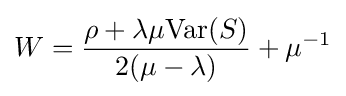
W={\frac {\rho +\lambda \mu {\text{Var}}(S)}{2(\mu -\lambda )}}+\mu ^{-1}